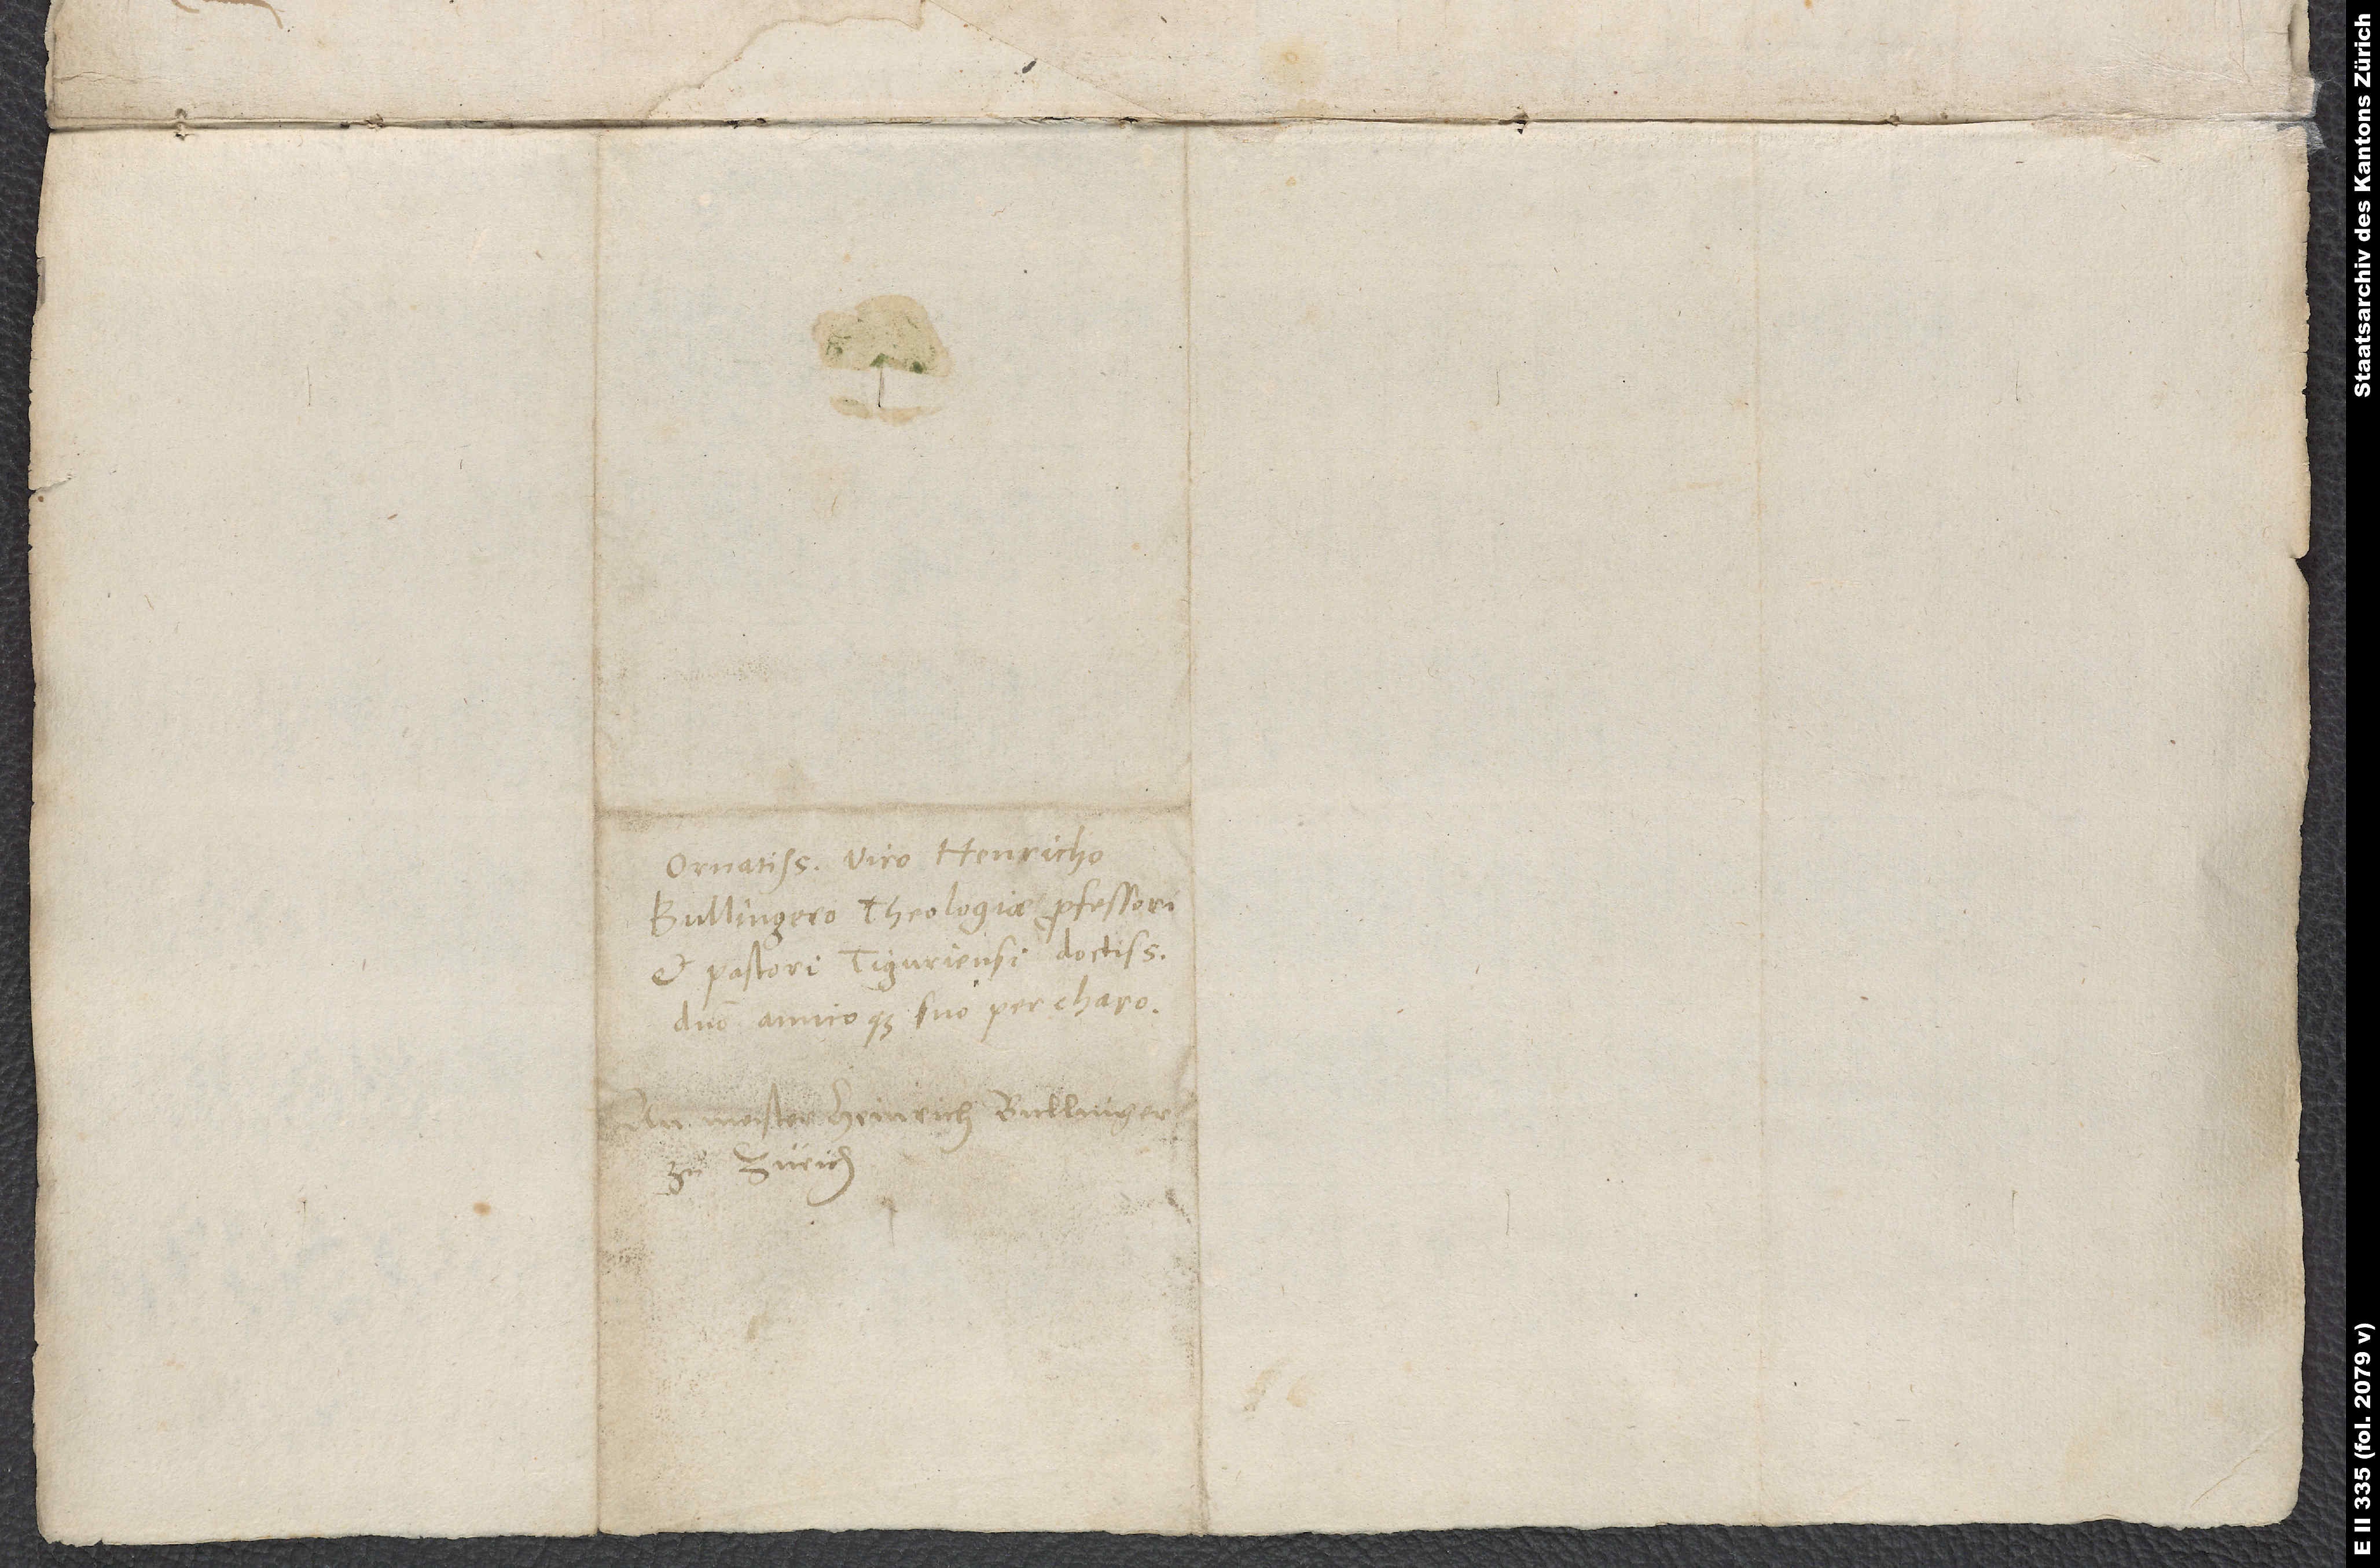
Ornatissimo viro Henricho
Bullingero, theologiae professori
et pastori Tiguriensi doctissimo,
domino amicoque suo percharo.
meister Heinrich Bullinger
zuͦ Zürich.